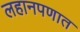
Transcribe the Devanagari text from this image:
लहानपणात